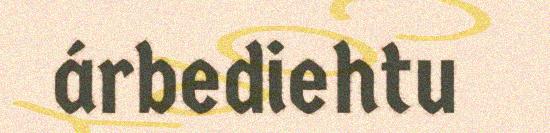
árbediehtu